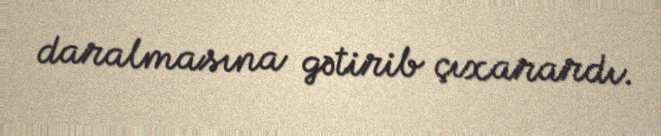
daralmasına gətirib çıxarardı.